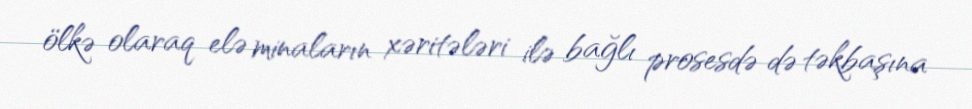
ölkə olaraq elə minaların xəritələri ilə bağlı prosesdə də təkbaşına